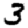
Digit: 3